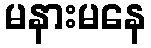
မနားမနေ